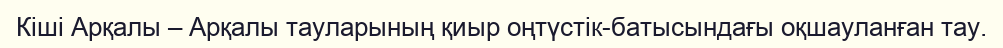
Кіші Арқалы – Арқалы тауларының қиыр оңтүстік-батысындағы оқшауланған тау.